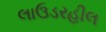
લાઉડરહીલ